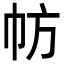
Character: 𢁸